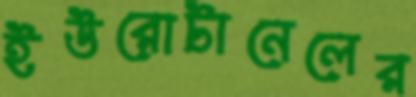
ইউরোটানেলের